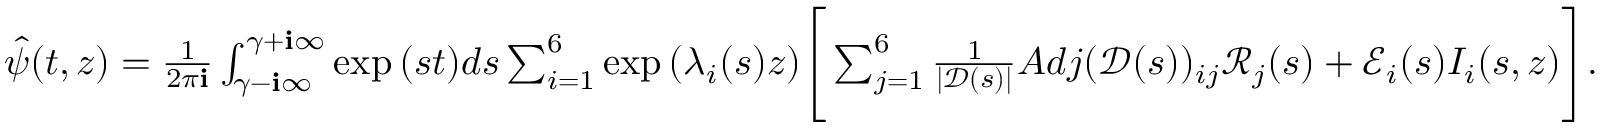
\begin{array} { r } { \hat { \psi } ( t , z ) = \frac { 1 } { 2 \pi \mathbf { i } } \int _ { \gamma - \mathbf { i } \infty } ^ { \gamma + \mathbf { i } \infty } \exp { ( s t ) } d s \sum _ { i = 1 } ^ { 6 } \exp { ( \lambda _ { i } ( s ) z ) } \Bigg [ \sum _ { j = 1 } ^ { 6 } \frac { 1 } { | \mathscr { D } ( s ) | } A d j ( \mathscr { D } ( s ) ) _ { i j } \mathscr { R } _ { j } ( s ) + \mathscr { E } _ { i } ( s ) I _ { i } ( s , z ) \Bigg ] . } \end{array}